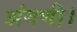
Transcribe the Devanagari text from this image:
अंगणी।